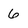
Character: 6